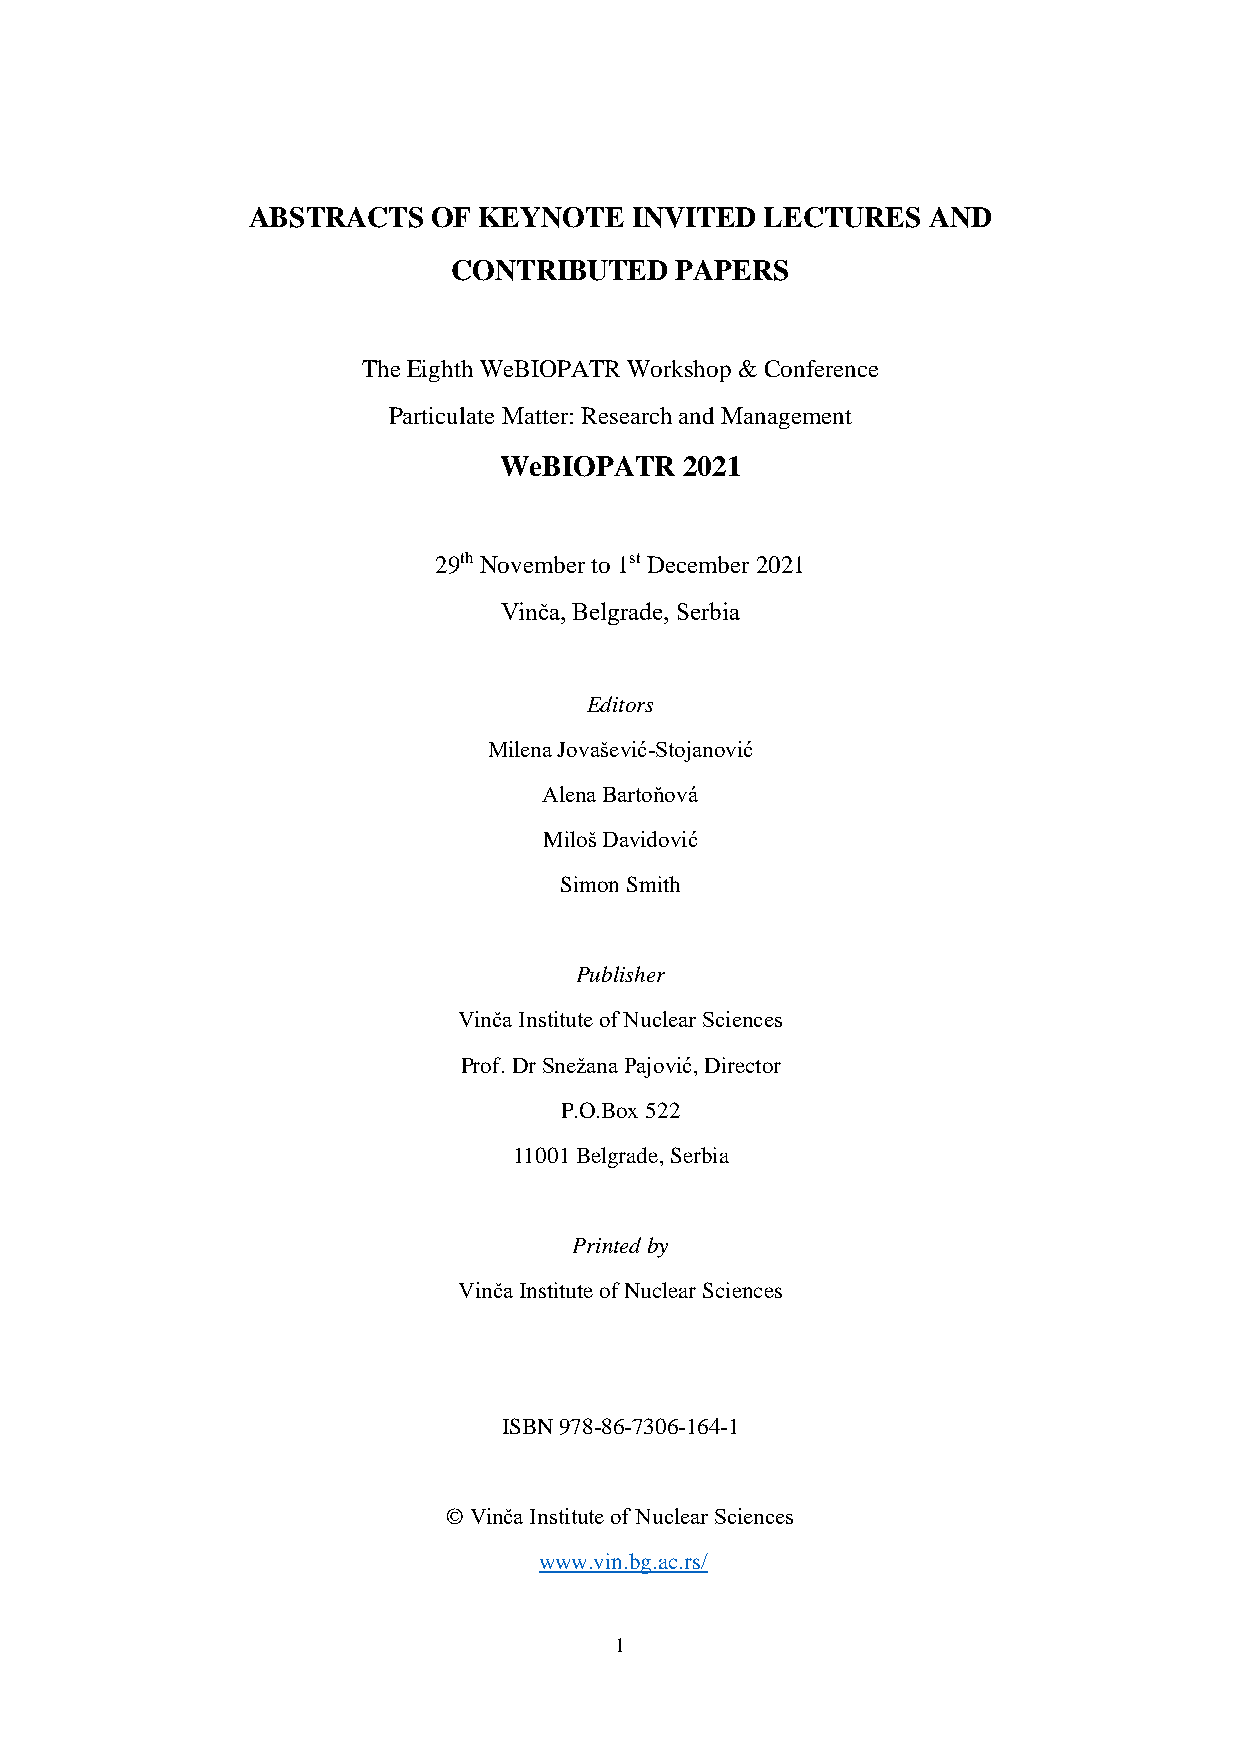
ABSTRACTS    OF KEYNOTE   INVITED  LECTURES  AND
 CONTRIBUTED    PAPERS
 The Eighth WeBIOPATR Workshop & Conference
 Particulate Matter: Research and Management
 WeBIOPATR   2021
 29th November to 1st December 2021
 Vinča, Belgrade, Serbia
 Editors
 Milena Jovašević-Stojanović
 Alena Bartoňová
 Miloš Davidović
 Simon Smith
 Publisher
 Vinča Institute of Nuclear Sciences
 Prof. Dr Snežana Pajović, Director
 P.O.Box 522
 11001 Belgrade, Serbia
 Printed by
 Vinča Institute of Nuclear Sciences
 ISBN 978-86-7306-164-1
 © Vinča Institute of Nuclear Sciences
 www.vin.bg.ac.rs/
 1